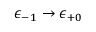
\epsilon _ { - 1 } \to \epsilon _ { + 0 }